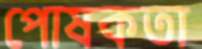
পোষকতা